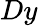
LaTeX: Dy